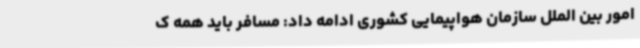
امور بین الملل سازمان هواپیمایی کشوری ادامه داد: مسافر باید همه ک